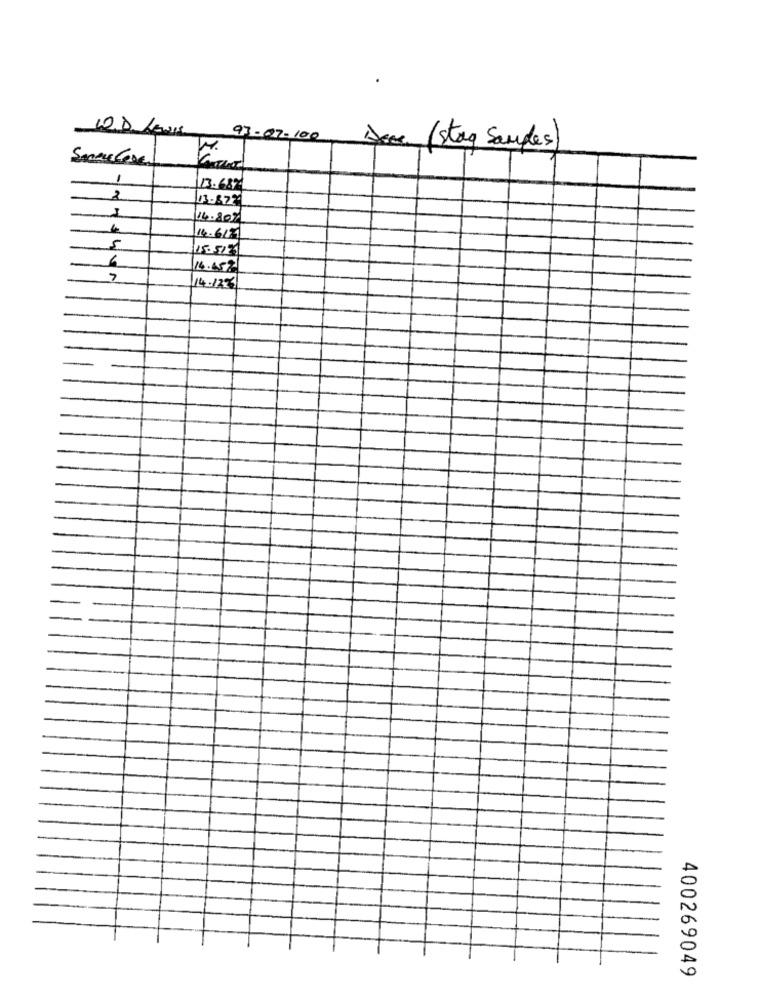
10.D. Lewis
93-07-100
Ame (stag Samples)
SmeLECose
13.68%
2
13.82%
1
14.807
14.612
5
15.51%
6
16.45%
7
14.1226
400269049